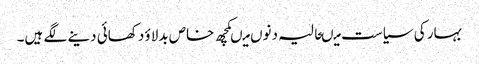
بہار کی سیاست میںحالیہ دنوں میںکچھ خاص بدلاؤ دکھائی دینے لگے ہیں۔